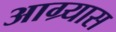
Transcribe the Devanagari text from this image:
आग्र्यास